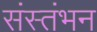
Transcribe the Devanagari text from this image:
संस्तंभन